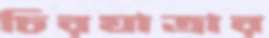
চিরযাত্রার